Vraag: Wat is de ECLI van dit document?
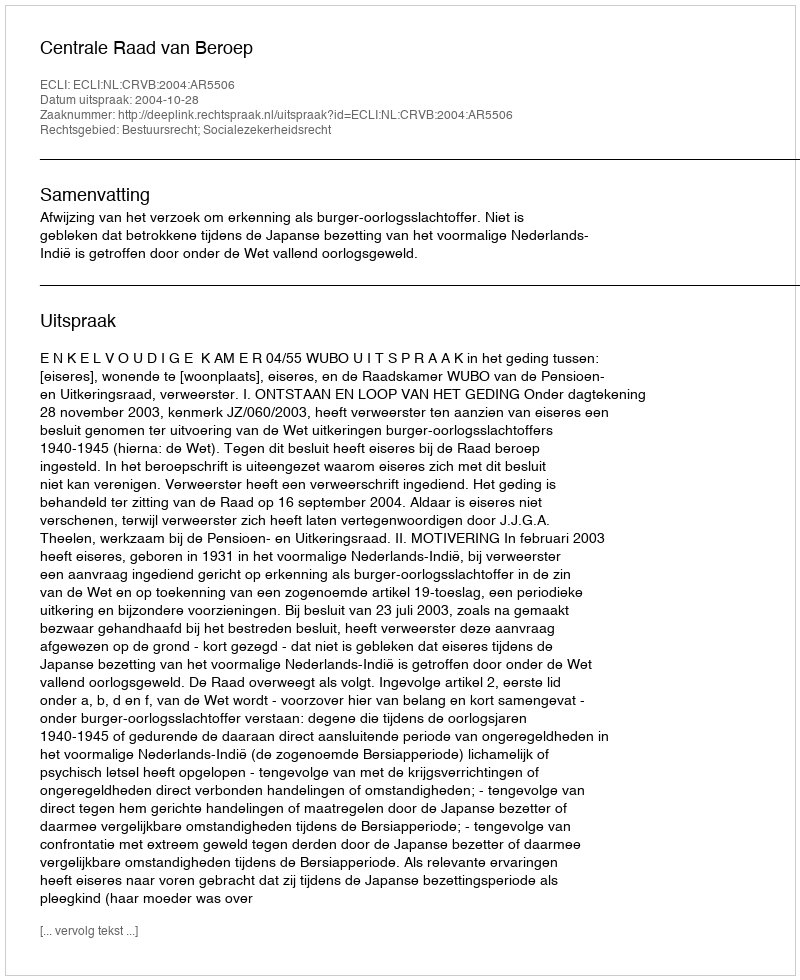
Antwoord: ECLI:NL:CRVB:2004:AR5506